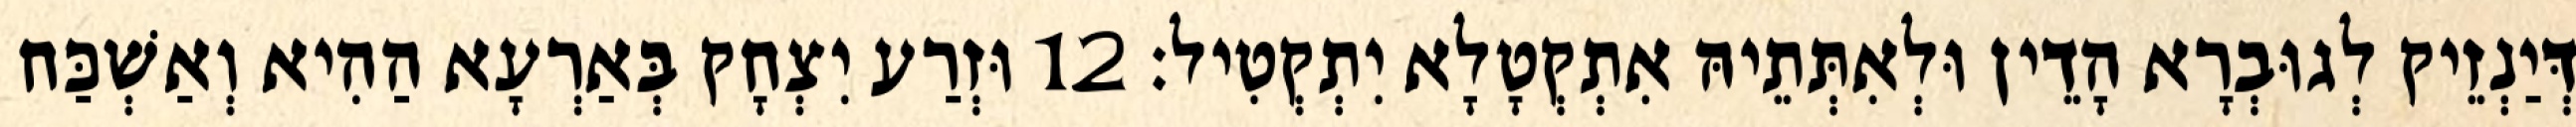
דְּיַנְזֵיק לְגוּבְרָא הָדֵין וּלְאִתְּתֵיהּ אִתְקְטָלָא יִתְקְטִיל׃ 12 וּזְרַע יִצְחָק בְּאַרְעָא הַהִיא וְאַשְׁכַּח